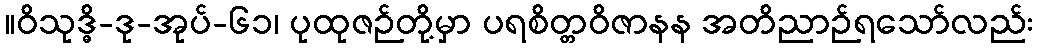
။ဝိသုဒ္ဓိ-ဒု-အုပ်-၆၁၊ ပုထုဇဉ်တို့မှာ ပရစိတ္တဝိဇာနန အတိညာဉ်ရသော်လည်း